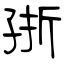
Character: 㝂